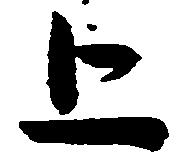
上